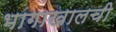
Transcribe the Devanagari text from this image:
भागाखालची